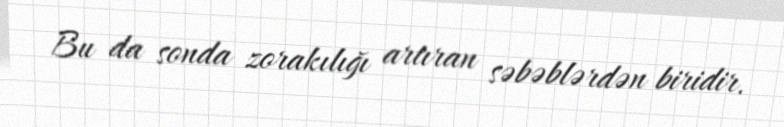
Bu da sonda zorakılığı artıran səbəblərdən biridir.